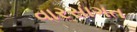
વારસાગત